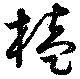
榼